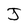
Character: J